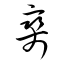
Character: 爽